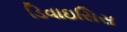
ડિવાઇસિસ